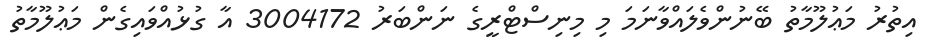
އިތުރު މަޢުލޫމާތު ބޭނުންވެލައްވާނަމަ މި މިނިސްޓްރީގެ ނަންބަރު 3004172 އާ ގުޅުއްވައިގެން މަޢުލޫމާތު